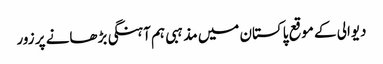
دیوالی کے موقع پاکستان میں مذہبی ہم آہنگی بڑھانے پر زور